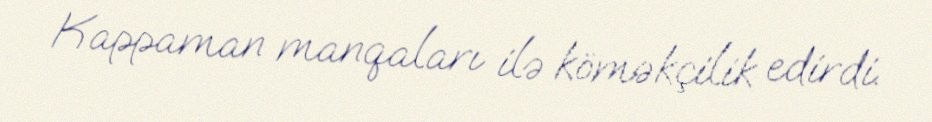
Kappaman manqaları ilə köməkçilik edirdi.